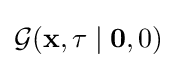
{\mathcal {G}}(\mathbf {x} ,\tau \mid \mathbf {0} ,0)